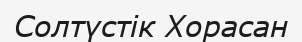
Солтүстік Хорасан